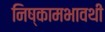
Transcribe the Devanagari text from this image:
निष्कामभावथी